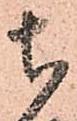
ち